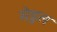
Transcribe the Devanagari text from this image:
सेडुल